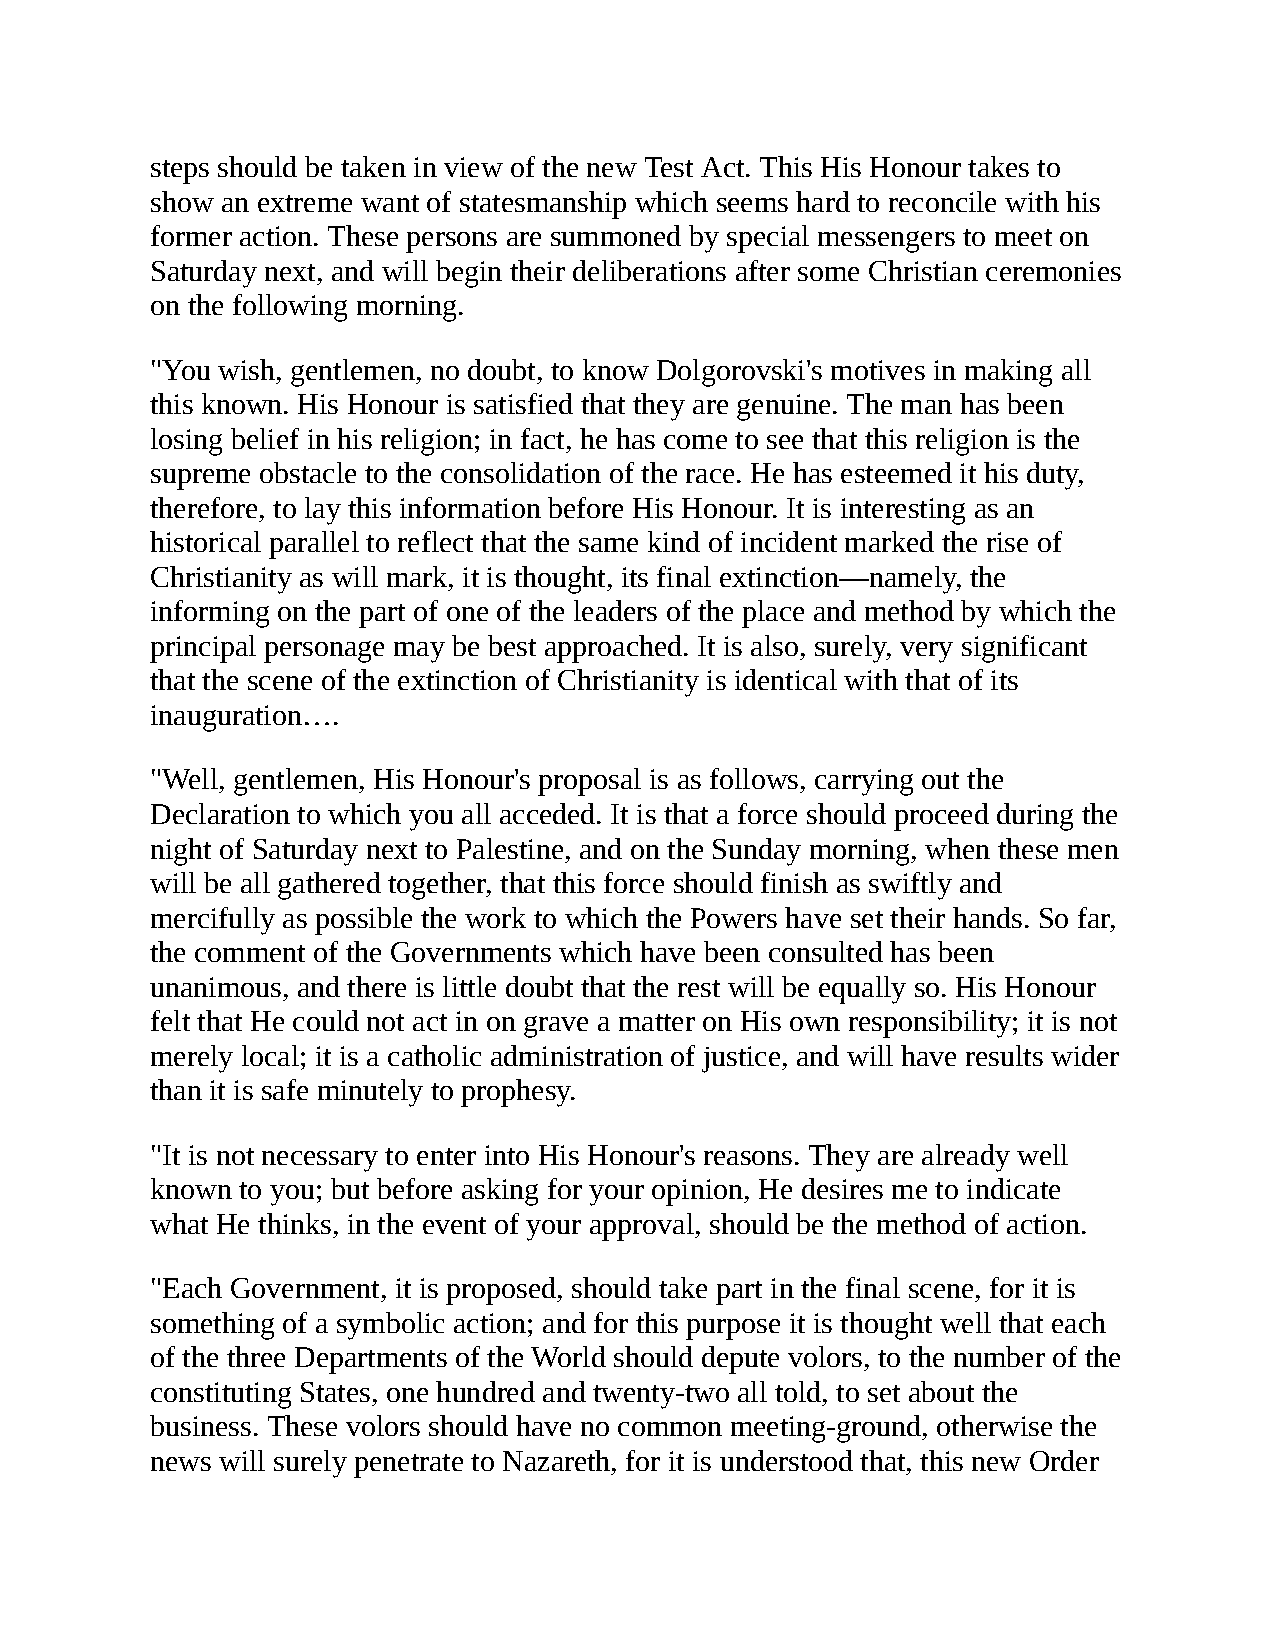
steps should be taken in view of the new Test Act. This His Honour takes to
 show an extreme want of statesmanship which seems hard to reconcile with his
 former action. These persons are summoned by special messengers to meet on
 Saturday next, and will begin their deliberations after some Christian ceremonies
 on the following morning.
 "You wish, gentlemen, no doubt, to know Dolgorovski's motives in making all
 this known. His Honour is satisfied that they are genuine. The man has been
 losing belief in his religion; in fact, he has come to see that this religion is the
 supreme obstacle to the consolidation of the race. He has esteemed it his duty,
 therefore, to lay this information before His Honour. It is interesting as an
 historical parallel to reflect that the same kind of incident marked the rise of
 Christianity as will mark, it is thought, its final extinction—namely, the
 informing on the part of one of the leaders of the place and method by which the
 principal personage may be best approached. It is also, surely, very significant
 that the scene of the extinction of Christianity is identical with that of its
 inauguration….
 "Well, gentlemen, His Honour's proposal is as follows, carrying out the
 Declaration to which you all acceded. It is that a force should proceed during the
 night of Saturday next to Palestine, and on the Sunday morning, when these men
 will be all gathered together, that this force should finish as swiftly and
 mercifully as possible the work to which the Powers have set their hands. So far,
 the comment of the Governments which have been consulted has been
 unanimous, and there is little doubt that the rest will be equally so. His Honour
 felt that He could not act in on grave a matter on His own responsibility; it is not
 merely local; it is a catholic administration of justice, and will have results wider
 than it is safe minutely to prophesy.
 "It is not necessary to enter into His Honour's reasons. They are already well
 known to you; but before asking for your opinion, He desires me to indicate
 what He thinks, in the event of your approval, should be the method of action.
 "Each Government, it is proposed, should take part in the final scene, for it is
 something of a symbolic action; and for this purpose it is thought well that each
 of the three Departments of the World should depute volors, to the number of the
 constituting States, one hundred and twenty-two all told, to set about the
 business. These volors should have no common meeting-ground, otherwise the
 news will surely penetrate to Nazareth, for it is understood that, this new Order